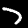
Digit: 7